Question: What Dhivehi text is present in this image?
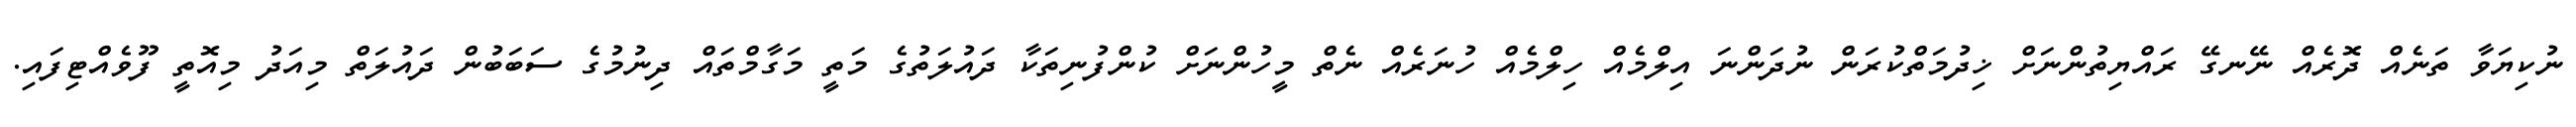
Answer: ނުކިޔަވާ ތަނެއް ދޮރެއް ނޭނގޭ ރައްޔިތުންނަށް ޚިދުމަތްކުރަން ނުދަންނަ އިލްމެއް ހިލްމެއް ހުނަރެއް ނެތް މީހުންނަށް ކުންފުނިތަކާ ދައުލަތުގެ މަތީ މަގާމްތައް ދިނުމުގެ ސަބަބުން ދައުލަތް މިއަދު މިއޮތީ ފޫވެއްޓިފައި.